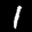
Label: 1